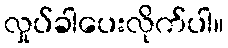
လှုပ်ခါပေးလိုက်ပါ။